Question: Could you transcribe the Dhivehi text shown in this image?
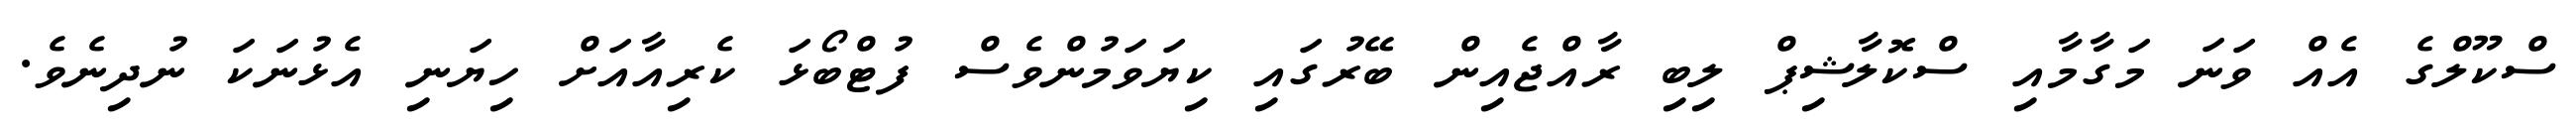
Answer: ސްކޫލްގެ އެއް ވަނަ މަގާމާއި ސްކޮލާޝިޕް ލިބި ރާއްޖެއިން ބޭރުގައި ކިޔަވަމުންވެސް ފުޓްބޯޅަ ކެރިއާއަށް ހިޔަނި އެޅުނަކަ ނުދިނެވެ.